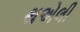
થએલી